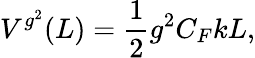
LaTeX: V^{g^{2}}(L)=\frac{1}{2}g^{2}C_{F}kL,